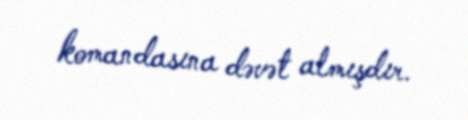
komandasına dəvət almışdır.